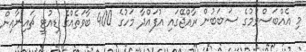
މި އެއްބަސްވުމުގެ ސަބަބުން ރާއްޖޭގައި އުފައްދާ މަހުގެ 400 ބާވަތެއްގެ ޑިއުޓީ ޗައިނާއިން